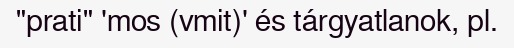
"prati" 'mos (vmit)' és tárgyatlanok, pl.